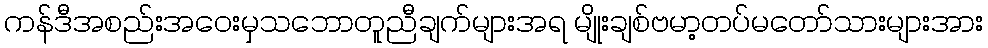
ကန်ဒီအစည်းအဝေးမှသဘောတူညီချက်များအရ မျိုးချစ်ဗမာ့တပ်မတော်သားများအား